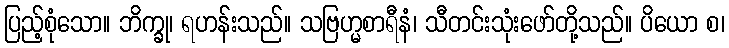
ပြည့်စုံသော။ ဘိက္ခု၊ ရဟန်းသည်။ သဗြဟ္မစာရီနံ၊ သီတင်းသုံးဖော်တို့သည်။ ပိယော စ၊